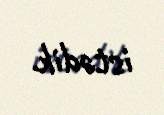
istədik.